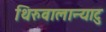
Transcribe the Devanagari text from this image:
थिरुवालान्याटु